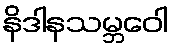
နိဒါနသမ္ဘဝေါ